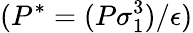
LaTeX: (P^{*}=(P\sigma_{1}^{3})/\epsilon)